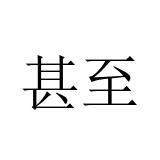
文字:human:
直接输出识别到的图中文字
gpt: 甚至